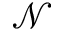
\mathcal { N }